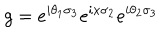
g = e ^ { i \theta _ { 1 } \sigma _ { 3 } } e ^ { i x \sigma _ { 2 } } e ^ { i \theta _ { 2 } \sigma _ { 3 } }